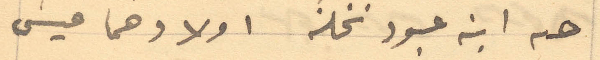
حنه ابنه عبود نخلة اولادهما عيسى